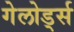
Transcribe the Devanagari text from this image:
गेलोर्ड्स